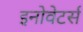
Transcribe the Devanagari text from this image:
इनोवेटर्स